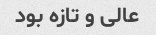
عالی و تازه بود